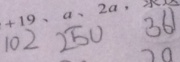
1 0 2 2 5 0 3 6 1